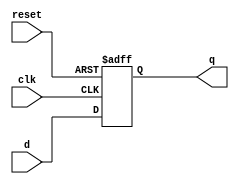
module parameterized_register #(
    parameter N = 8  // Default width of the register is 8 bits
)(
    input wire clk,          // Clock signal
    input wire reset,        // Asynchronous reset signal
    input wire [N-1:0] d,    // N-bit wide input data
    output reg [N-1:0] q     // N-bit wide output
);

    // Always block for register behavior
    always @(posedge clk or posedge reset) begin
        if (reset) begin
            q <= {N{1'b0}};  // Clear the register (set to 0)
        end else begin
            q <= d;          // Capture the input data on clock edge
        end
    end

endmodule